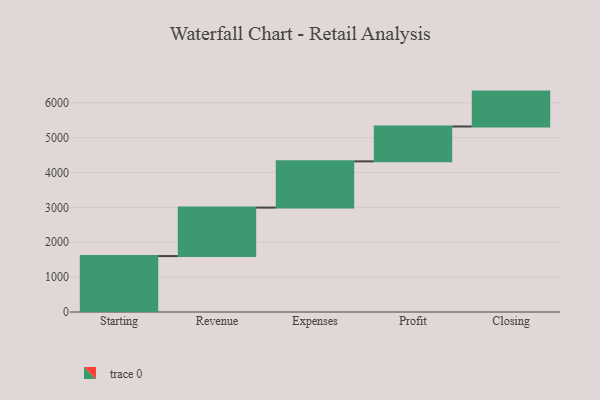
{"axis": {"x": "Step", "y": "Value"}, "legend": [""], "data": [{"x": "Starting", "y": 1603.0, "type": ""}, {"x": "Revenue", "y": 1390.0, "type": ""}, {"x": "Expenses", "y": 1326.0, "type": ""}, {"x": "Profit", "y": 1000, "type": ""}, {"x": "Closing", "y": 1000, "type": ""}]}